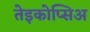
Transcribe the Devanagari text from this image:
तेइकोप्सिअ